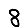
Digit: 8